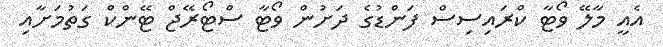
އެއީ މާލޭ ވޯޓާ ކްރައިސިސް ފަންޑުގެ ދަށުން ވޯޓާ ސްޓޯރޭޖް ޓޭންކް ގަތުމަށާއި